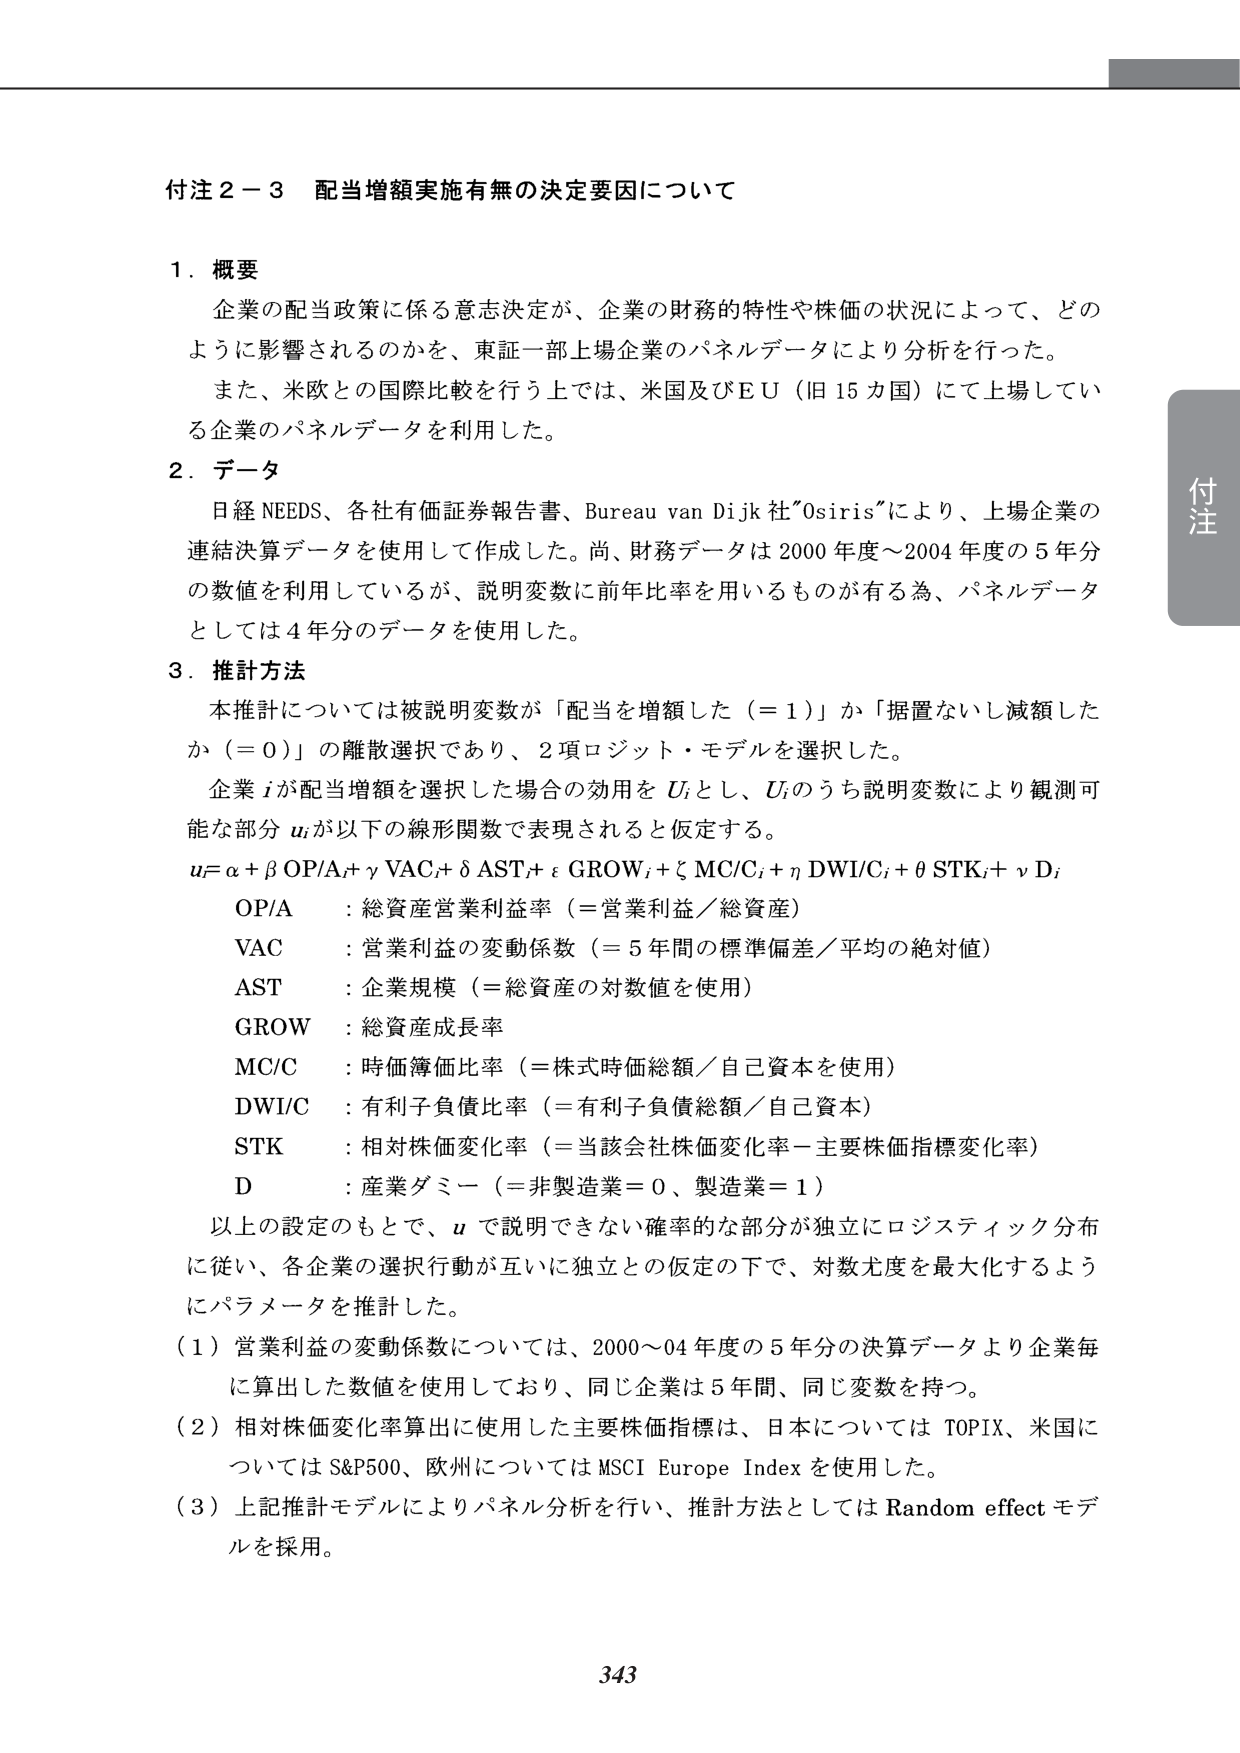
付注２－３ 配当増額実施有無の決定要因について

１．概要
企業の配当政策に係る意志決定が、企業の財務的特性や株価の状況によって、どのように影響されるのかを、東証一部上場企業のパネルデータにより分析を行った。
また、米欧との国際比較を行う上では、米国及びＥＵ（旧15カ国）にて上場している企業のパネルデータを利用した。

２．データ
日経NEEDS、各社有価証券報告書、Bureau van Dijk社「Osiris」により、上場企業の連結決算データを使用して作成した。尚、財務データは2000年度～2004年度の5年分の数値を利用しているが、説明変数に前年比率を用いるものがある為、パネルデータとしては4年分のデータを使用した。

３．推計方法
本推計については被説明変数が「配当を増額した（＝1）」か「据置ないし減額したか（＝0）」の離散選択であり、2項ロジット・モデルを選択した。
企業iが配当増額を選択した場合の効用をUiとし、Uiのうち説明変数により観測可能な部分uiが以下の線形関数で表現されると仮定する。
ui = α + β OP/Ai + γ VACi + δ ASTi + ε GROWi + ζ MC/Ci + η DWI/Ci + θ STKi + ν Di

OP/A ：総資産営業利益率（＝営業利益／総資産）
VAC ：営業利益の変動係数（＝5年間の標準偏差／平均の絶対値）
AST ：企業規模（＝総資産の対数値を使用）
GROW ：総資産成長率
MC/C ：時価簿価比率（＝株式時価総額／自己資本を使用）
DWI/C ：有利子負債比率（＝有利子負債総額／自己資本）
STK ：相対株価変化率（＝当該会社株価変化率－主要株価指標変化率）
D ：産業ダミー（＝非製造業＝0、製造業＝1）

以上の設定のもとで、uで説明できない確率的な部分が独立にロジスティック分布に従い、各企業の選択行動が互いに独立との仮定の下で、対数尤度を最大化するようにパラメータを推計した。

（1）営業利益の変動係数については、2000～04年度の5年分の決算データより企業毎に算出した数値を使用しており、同じ企業は5年間、同じ変数を持つ。
（2）相対株価変化率算出に使用した主要株価指標は、日本についてはTOPIX、米国についてはS&P500、欧州についてはMSCI Europe Indexを使用した。
（3）上記推計モデルによりパネル分析を行い、推計方法としてはRandom effectモデルを採用。

343

付注